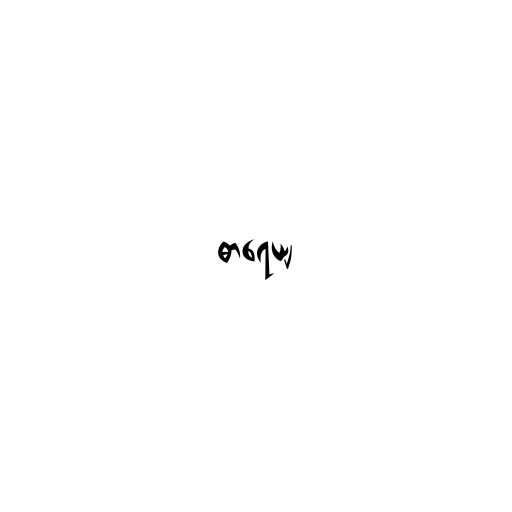
ဓာရေယျ